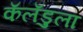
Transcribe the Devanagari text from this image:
कॅलँडुला